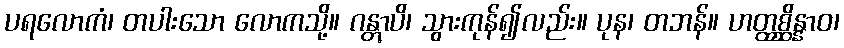
ပရလောကံ၊ တပါးသော လောကသို့။ ဂန္တွာပိ၊ သွားကုန်၍လည်း။ ပုန၊ တဘန်။ ဟတ္ထစ္ဆိန္နာဝ၊